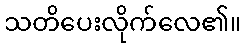
သတိပေးလိုက်လေ၏။